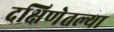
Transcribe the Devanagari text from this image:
दक्षिणेतल्या